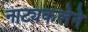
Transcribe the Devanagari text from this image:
नाट्यकलेने